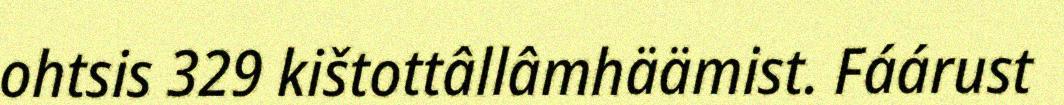
ohtsis 329 kištottâllâmhäämist. Fáárust